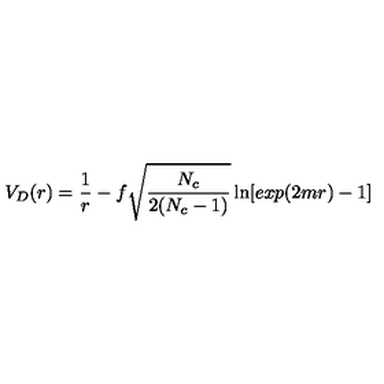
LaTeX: V _ { D } ( r ) = { \frac { 1 } { r } } - f \sqrt { \frac { N _ { c } } { 2 ( N _ { c } - 1 ) } } \ln [ e x p ( 2 m r ) - 1 ] \qquad